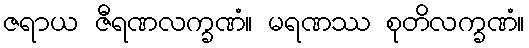
ဇရာယ ဇီရဏလက္ခဏံ။ မရဏဿ စုတိလက္ခဏံ။